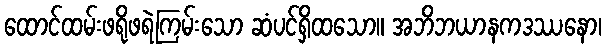
ထောင်ထမ်းဖရိုဖရဲကြမ်းသော ဆံပင်ရှိထသော။ အဘိဘယာနကဒဿနော၊